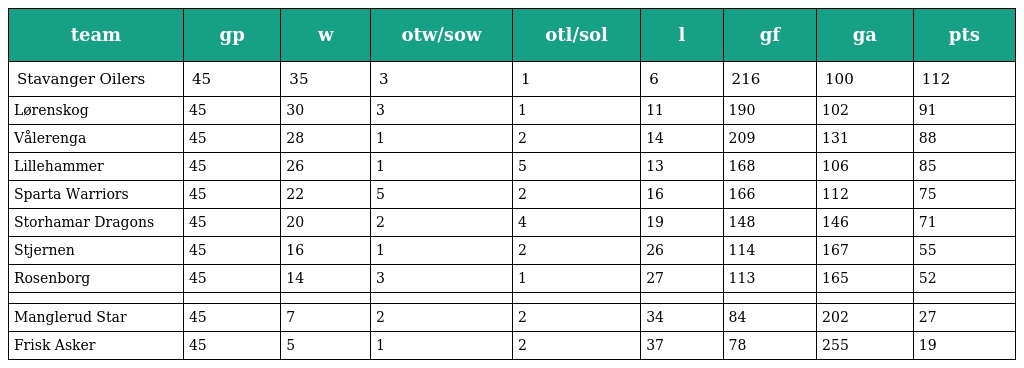
| team | gp | w | otw/sow | otl/sol | l | gf | ga | pts |
 | --- | --- | --- | --- | --- | --- | --- | --- | --- |
 | Stavanger Oilers | 45 | 35 | 3 | 1 | 6 | 216 | 100 | 112 |
 | Lørenskog | 45 | 30 | 3 | 1 | 11 | 190 | 102 | 91 |
 | Vålerenga | 45 | 28 | 1 | 2 | 14 | 209 | 131 | 88 |
 | Lillehammer | 45 | 26 | 1 | 5 | 13 | 168 | 106 | 85 |
 | Sparta Warriors | 45 | 22 | 5 | 2 | 16 | 166 | 112 | 75 |
 | Storhamar Dragons | 45 | 20 | 2 | 4 | 19 | 148 | 146 | 71 |
 | Stjernen | 45 | 16 | 1 | 2 | 26 | 114 | 167 | 55 |
 | Rosenborg | 45 | 14 | 3 | 1 | 27 | 113 | 165 | 52 |
 |  |  |  |  |  |  |  |  |  |
 | Manglerud Star | 45 | 7 | 2 | 2 | 34 | 84 | 202 | 27 |
 | Frisk Asker | 45 | 5 | 1 | 2 | 37 | 78 | 255 | 19 |